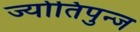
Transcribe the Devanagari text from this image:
ज्योतिपुन्ज